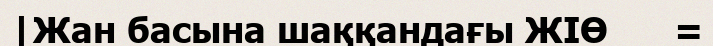
|Жан басына шаққандағы ЖІӨ      =